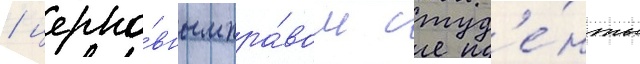
/ церко́вным пра́вом студ'е́нты